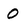
Character: 0